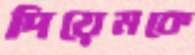
দিয়েমকে